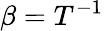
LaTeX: \beta=T^{-1}